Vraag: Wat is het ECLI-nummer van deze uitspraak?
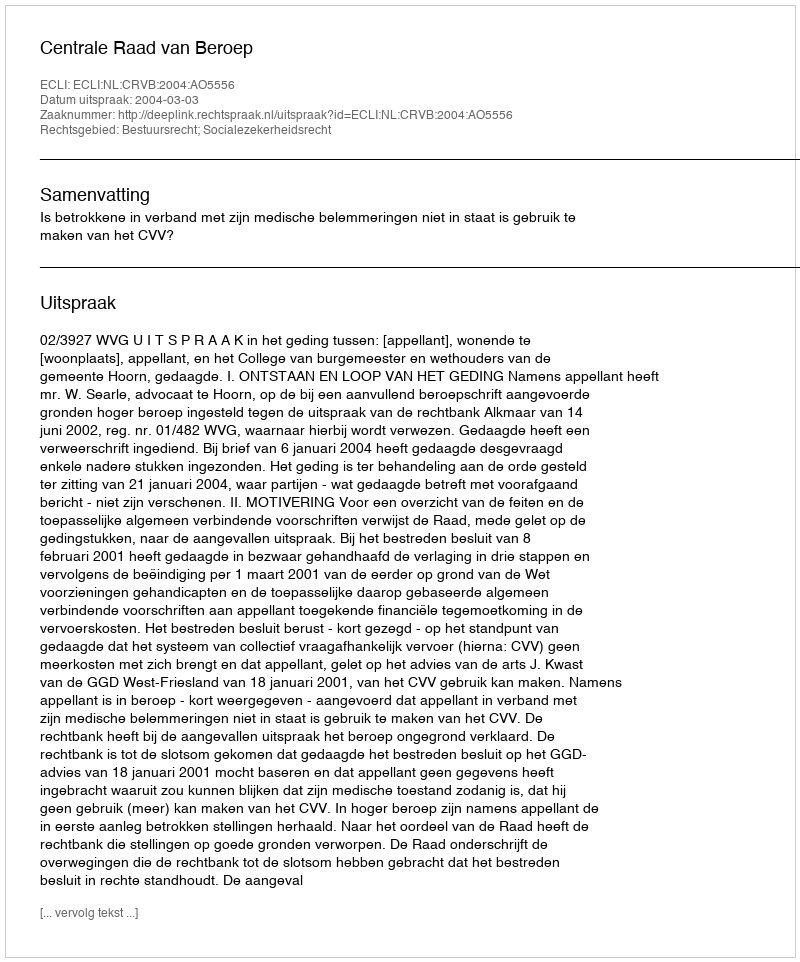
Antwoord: ECLI:NL:CRVB:2004:AO5556